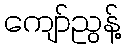
ကျော်ညွန့်